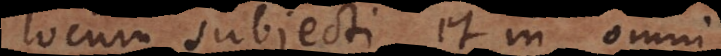
locum subjecti, et in omni